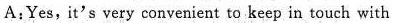
A:Yes,it's very convenient to keep in touch with